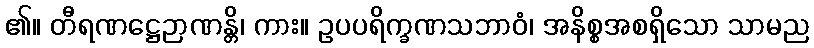
၏။ တီရဏဋ္ဌေဉာဏန္တိ၊ ကား။ ဥပပရိက္ခဏသဘာဝံ၊ အနိစ္စအစရှိသော သာမည